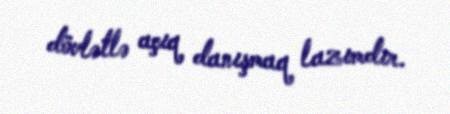
dövlətlə açıq danışmaq lazımdır.